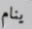
ينام